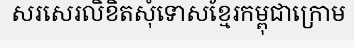
សរសេរលិខិតសុំទោសខ្មែរកម្ពុជាក្រោម